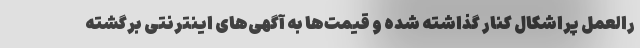
رالعمل پراشکال کنار گذاشته شده و قیمت‌ها به آگهی‌های اینترنتی برگشته